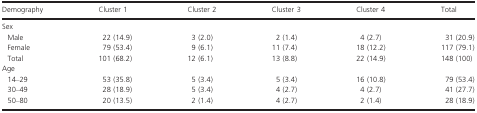
<table><thead><tr><td><b>Demography</b></td><td><b>Cluster 1</b></td><td><b>Cluster 2</b></td><td><b>Cluster 3</b></td><td><b>Cluster 4</b></td><td><b>Total</b></td></tr></thead><tbody><tr><td colspan="6">Sex</td></tr><tr><td> Male</td><td>22 (14.9)</td><td>3 (2.0)</td><td>2 (1.4)</td><td>4 (2.7)</td><td>31 (20.9)</td></tr><tr><td> Female</td><td>79 (53.4)</td><td>9 (6.1)</td><td>11 (7.4)</td><td>18 (12.2)</td><td>117 (79.1)</td></tr><tr><td> Total</td><td>101 (68.2)</td><td>12 (6.1)</td><td>13 (8.8)</td><td>22 (14.9)</td><td>148 (100)</td></tr><tr><td colspan="6">Age</td></tr><tr><td> 14–29</td><td>53 (35.8)</td><td>5 (3.4)</td><td>5 (3.4)</td><td>16 (10.8)</td><td>79 (53.4)</td></tr><tr><td> 30–49</td><td>28 (18.9)</td><td>5 (3.4)</td><td>4 (2.7)</td><td>4 (2.7)</td><td>41 (27.7)</td></tr><tr><td> 50–80</td><td>20 (13.5)</td><td>2 (1.4)</td><td>4 (2.7)</td><td>2 (1.4)</td><td>28 (18.9)</td></tr></tbody></table>